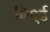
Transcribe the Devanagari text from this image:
बिएर्ड